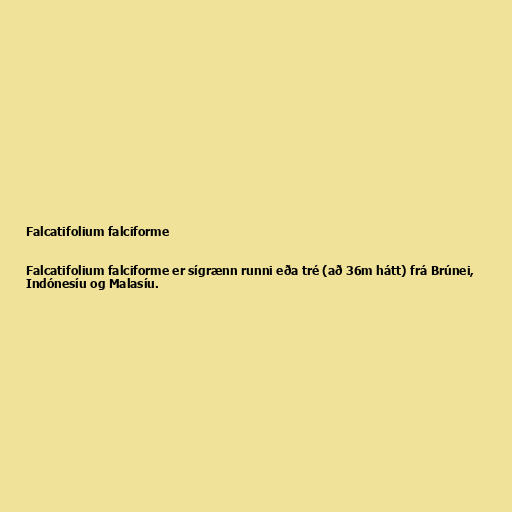
Falcatifolium falciforme

Falcatifolium falciforme er sígrænn runni eða tré (að 36m hátt) frá Brúnei,
Indónesíu og Malasíu.